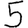
Digit: 5